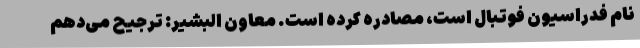
نام فدراسیون فوتبال است، مصادره کرده است. معاون البشیر: ترجیح می‌دهم